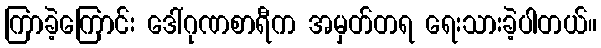
ကြာခဲ့ကြောင်း ဒေါ်ဂုဏစာရီက အမှတ်တရ ရေးသားခဲ့ပါတယ်။